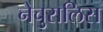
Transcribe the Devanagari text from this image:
नेचुरालिस